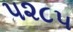
૫૨૮૫